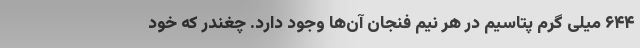
۶۴۴ میلی گرم پتاسیم در هر نیم فنجان آن‌ها وجود دارد. چغندر که خود